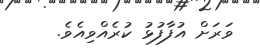
ވަރަށް އުފާފުޅު ކުރެއްވިއެވެ.